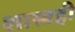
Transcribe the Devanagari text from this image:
शास्त्रही